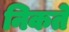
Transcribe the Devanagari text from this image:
निकते